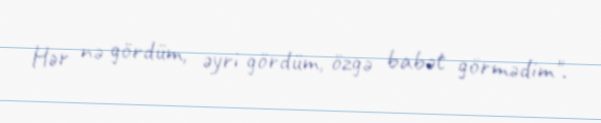
Hər nə gördüm, əyri gördüm, özgə babət görmədim".